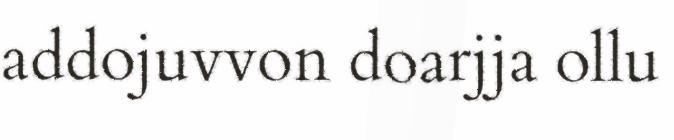
addojuvvon doarjja ollu